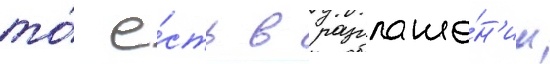
то́ е́сть в разглаше́н'ии